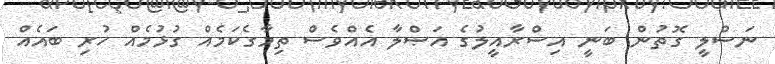
ނަސްލީ ގޮތުން ބަނީ އިސްރާއީލުގެ އަޞްލާ އެއްވެސް ތިމާގެކަމެއް ގުޅުމެއް ހުރި ބައެއް